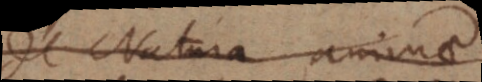
de Natura animae